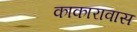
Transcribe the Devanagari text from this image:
काकारावास